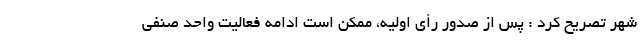
شهر تصریح کرد : پس از صدور رأی اولیه، ممکن است ادامه فعالیت واحد صنفی